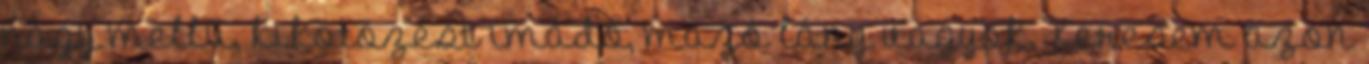
nagy mellű, kikötözést imádó, mazó lány vagyok. Keresem azon